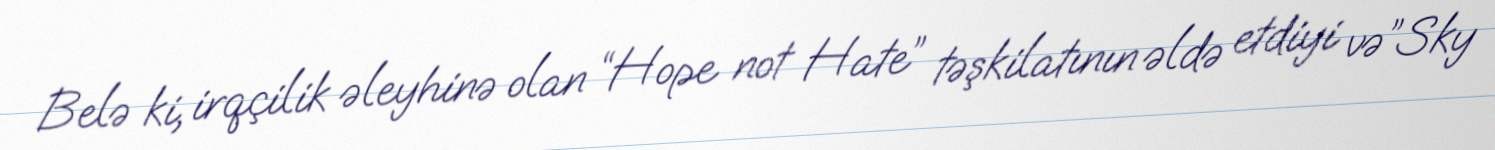
Belə ki, irqçilik əleyhinə olan “Hope not Hate” təşkilatının əldə etdiyi və”Sky